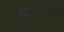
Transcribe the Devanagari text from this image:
वुडली